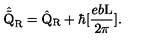
\hat { \tilde { \mathrm { Q } } } _ { \mathrm { R } } = \hat { \mathrm { Q } } _ { \mathrm { R } } + \hbar [ \frac { e b \mathrm { L } } { 2 \pi } ] .